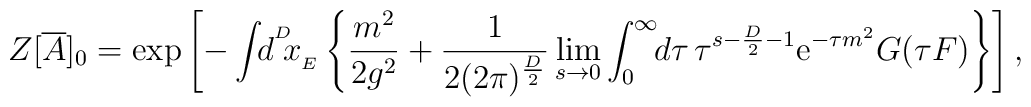
Z[{\overline{A}}]_{0}=	\exp\left[-\int\!\!d^{^{D}}\!\!x_{_{E}}\left\{{m^{2}\over2g^{2}}	+{1\over2(2\pi)^{{D\over2}}}\lim_{s\rightarrow0}	\int_{0}^{\infty}\!\!d\tau\,	\tau^{s-{D\over2}-1}{\mathrm{e}}^{-\tau m^{2}}G(\tau F)	\right\}\right],